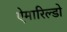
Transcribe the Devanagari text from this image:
ऐमारिल्डो